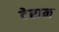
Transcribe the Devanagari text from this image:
टेरान